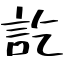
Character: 訖